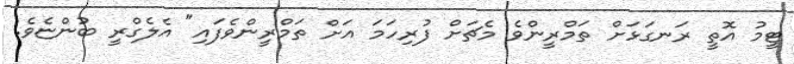
ޓީމު އޮތީ ރަނގަޅަށް ތަމްރީންވެ މެޗަށް ފުރިހަމަ އަށް ތަމްރީންވެފައި" އެލެގްރީ ބުންޏެވެ.